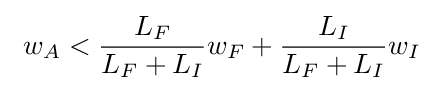
\ w_{A}<{\frac {L_{F}}{L_{F}+L_{I}}}w_{F}+{\frac {L_{I}}{{L_{F}}+{L_{I}}}}w_{I}